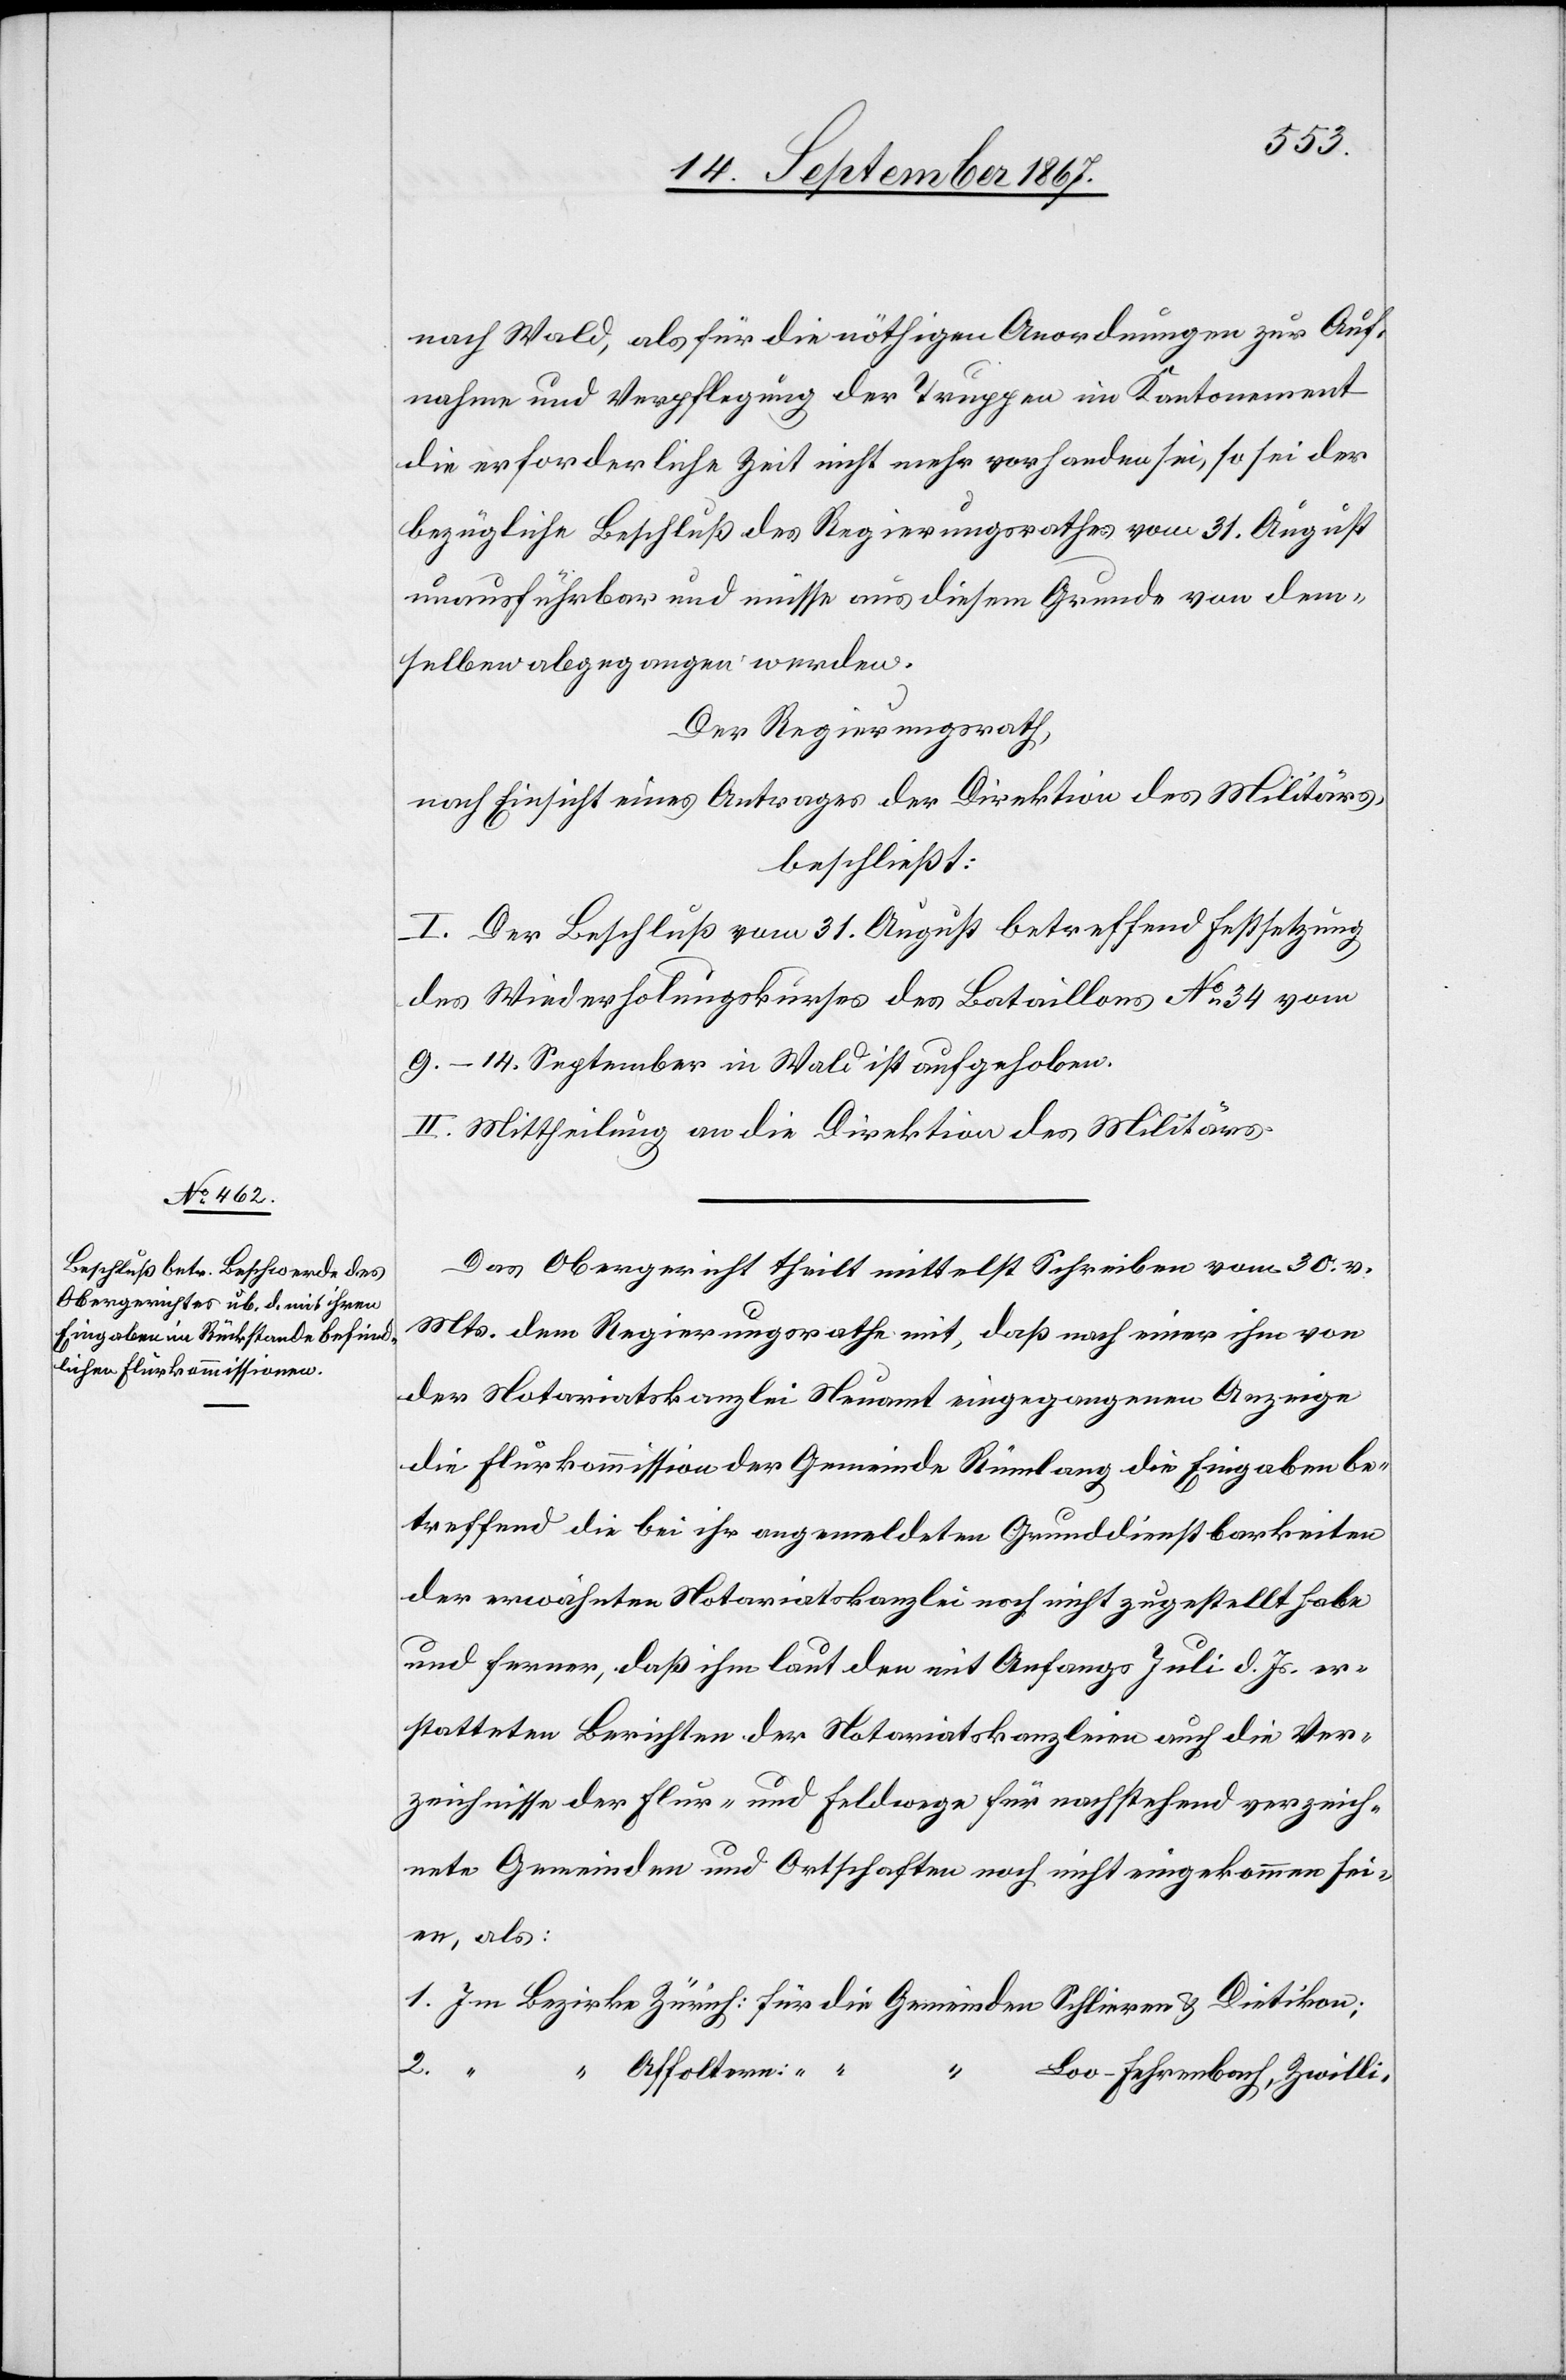
nach Wald, als für die nöthigen Anordnungen zur Auf¬
nahme und Verpflegung der Truppen im Kantonement
die erforderliche Zeit nicht mehr vorhanden sei, so sei der
bezügliche Beschluß des Regierungsrathes vom 31. August
unausführbar und müsse aus diesem Grunde von dem¬
selben abgegangen werden.
Der Regierungsrath,
nach Einsicht eines Antrages der Direktion des Militärs,
beschließt:
I. Der Beschluß vom 31. August betreffend Festsetzung
des Wiederholungskurses des Bataillons No. 34 vom
9.–14. September in Wald ist aufgehoben.
II. Mittheilung an die Direktion des Militärs.
Das Obergericht theilt mittelst Schreiben vom 30. v.
Mts. dem Regierungsrathe mit, daß nach einer ihm von
der Notariatskanzlei Neuamt eingegangenen Anzeige
die Flurkommission der Gemeinde Rümlang die Eingaben be¬
treffend die bei ihr angemeldeten Grunddienstbarkeiten
der erwähnten Notariatskanzlei noch nicht zugestellt habe
und ferner, daß ihm laut den mit Anfangs Juli d. Js. er¬
statteten Berichten der Notariatskanzleien auch die Ver¬
zeichnisse der Flur- und Feldwege für nachstehend verzeich¬
nete Gemeinden und Ortschaften noch nicht eingekommen sei¬
en, als:
2.
“
Affoltern:
Loo-Fehrenbach, Zwilli-